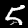
Digit: 5